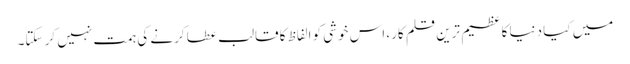
میں کیا دنیا کا عظیم ترین قلم کار، اس خوشی کو الفاظ کا قالب عطا کرنے کی ہمت نہیں کر سکتا۔